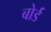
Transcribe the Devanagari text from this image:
बोर्ड